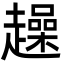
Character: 趮